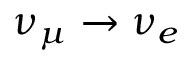
\nu _ { \mu } \to \nu _ { e }